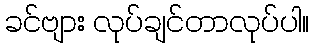
ခင်ဗျား လုပ်ချင်တာလုပ်ပါ။